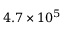
4 . 7 \times 1 0 ^ { 5 }